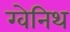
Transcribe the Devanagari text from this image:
ग्वेनिथ